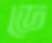
ডে